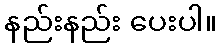
နည်းနည်း ပေးပါ။